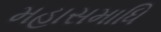
મહાસમાધિ